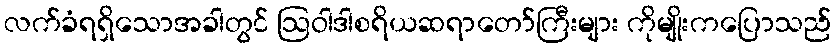
လက်ခံရရှိသောအခါတွင် ဩဝါဒါစရိယဆရာတော်ကြီးများ ကိုမျိုးကပြောသည်